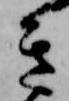
き